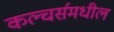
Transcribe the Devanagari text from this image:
कल्चर्समधील